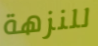
للنزهة